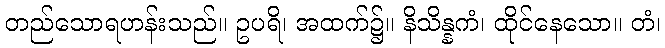
တည်သောရဟန်းသည်။ ဥပရိ၊ အထက်၌။ နိသိန္နကံ၊ ထိုင်နေသော။ တံ၊